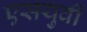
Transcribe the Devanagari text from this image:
एसयुवी